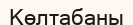
Көлтабаны